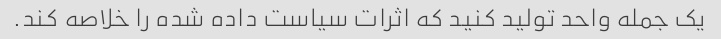
یک جمله واحد تولید کنید که اثرات سیاست داده شده را خلاصه کند.